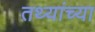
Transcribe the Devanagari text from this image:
तथ्‍यांच्‍या